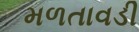
મળતાવડી